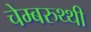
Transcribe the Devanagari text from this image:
चेम्बरुथ्थी